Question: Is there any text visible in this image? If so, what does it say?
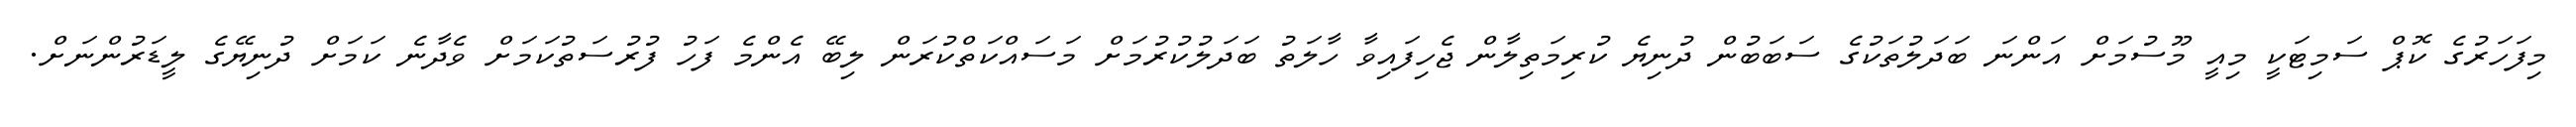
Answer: މިފަހަރުގެ ކޮޕް ސަމިޓަކީ މިއީ މޫސުމަށް އަންނަ ބަދަލުތަކުގެ ސަބަބުން ދުނިޔެ ކުރިމަތިލާން ޖެހިފައިވާ ހާލަތު ބަދަލުކުރުމަށް މަސައްކަތްކުރަން ލިބޭ އެންމެ ފަހު ފުރުސަތުކަމަށް ވެދާނެ ކަމަށް ދުނިޔޭގެ ލީޑަރުންނަށް.